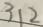
3 1 2